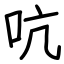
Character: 吭